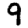
Digit: 9